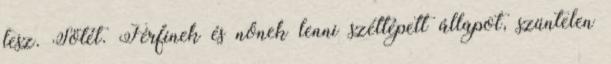
lesz. Sötét. Férfinek és nőnek lenni széttépett állapot, szüntelen